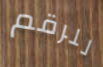
للرقم